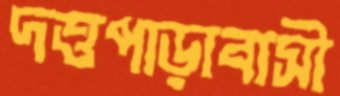
দত্তপাড়াবাসী